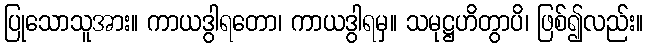
ပြုသောသူအား။ ကာယဒွါရတော၊ ကာယဒွါရမှ။ သမုဋ္ဌဟိတွာပိ၊ ဖြစ်၍လည်း။